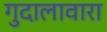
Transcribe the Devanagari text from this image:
गुदालावारा